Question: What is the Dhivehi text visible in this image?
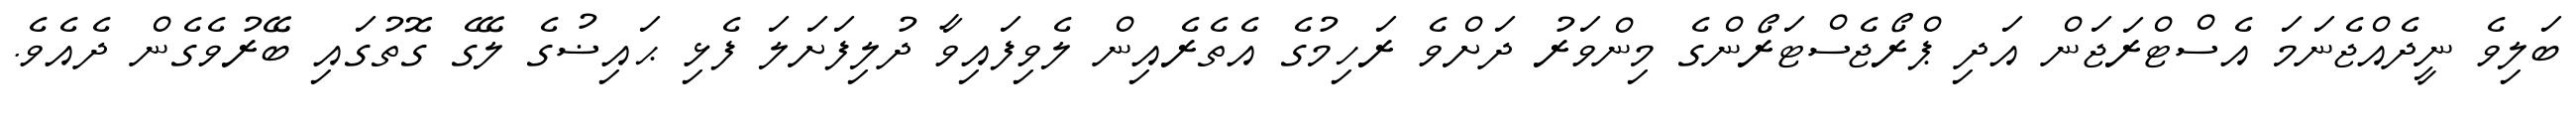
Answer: ބަލިވެ ނީދެއްޖެނަމަ އެސްޓްރަޖަން އަދި ޕްރޯޖެސްޓަރޯންގެ މިންވަރު ދަށްވެ ރަހިމުގެ އެތެރެއިން ލެވިފައިވާ ދުލިފަށަލަ ފެޅި ޙައިޟުގެ ލޭގެ ގޮތުގައި ބޭރުވެގެން ދެއެވެ.